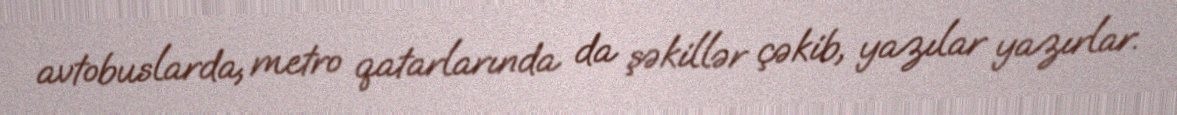
avtobuslarda, metro qatarlarında da şəkillər çəkib, yazılar yazırlar.